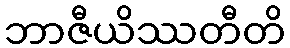
ဘာဇီယိဿတီတိ